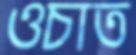
ওচাত